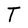
Character: T